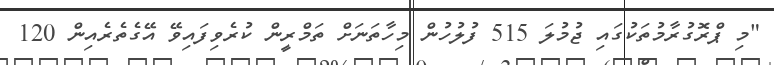
"މި ޕްރޮގުރާމުތަކުގައި ޖުމުލަ 515 ފުލުހުން މިހާތަނަށް ތަމްރީން ކުރެވިފައިވޭ އޭގެތެރެއިން 120